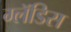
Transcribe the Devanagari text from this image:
ग्लॅडिस